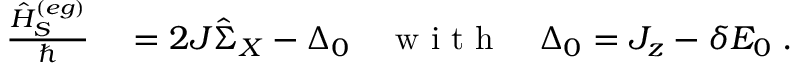
\begin{array} { r l } { \frac { \hat { H } _ { S } ^ { ( e g ) } } { \hbar } } & { { } = 2 J \hat { \Sigma } _ { X } - \Delta _ { 0 } \quad \mathrm { ~ w ~ i ~ t ~ h ~ } \quad \Delta _ { 0 } = J _ { z } - \delta E _ { 0 } \; . } \end{array}